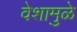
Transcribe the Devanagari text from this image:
वेशामुळे